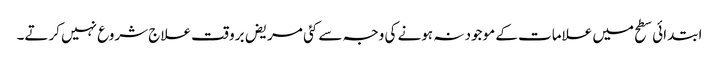
ابتدائی سطح میں علامات کے موجود نہ ہونے کی وجہ سے کئی مریض برو قت علاج شروع نہیں کرتے۔